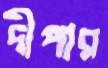
দীপার